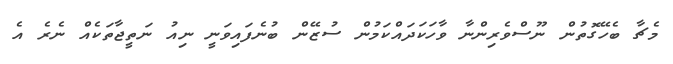
މެޗާ ބެހޭގޮތުން ނޫސްވެރިންނާ ވާހަކަދައްކަމުން ސުޒޭން ބުނެފައިވަނީ ނިއު ނަތީޖާތަކެއް ނެރެ އެ